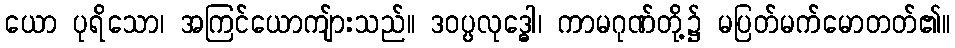
ယော ပုရိသော၊ အကြင်ယောကျ်ားသည်။ ဒဝပ္ပလုဒ္ဓေါ၊ ကာမဂုဏ်တို့၌ မပြတ်မက်မောတတ်၏။